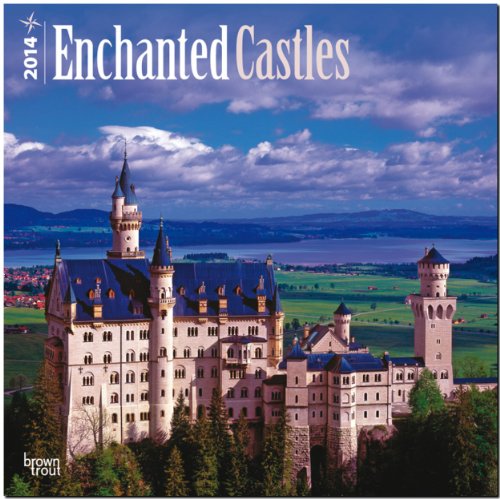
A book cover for Enchanted Castles Calendar (Multilingual Edition); Calendars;